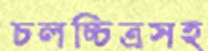
চলচ্চিত্রসহ